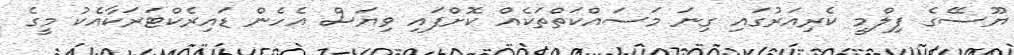
ޔޫސޭގެ ފިލްމީ ކެރިއަރުގައި ގިނަ މަސައްކަތްތަކެއް ކޮށްފައި ވިޔަސް އެހެން ޑައިރެކްޓަރަކާއެކު މީގެ